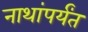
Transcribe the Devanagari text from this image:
नाथांपर्यंत